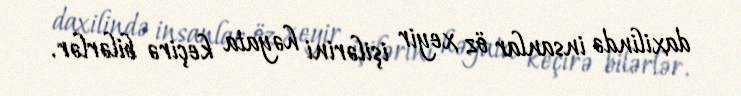
daxilində insanlar öz xeyir işilərini həyata keçirə bilərlər.